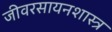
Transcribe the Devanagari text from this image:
जीवरसायनशास्त्र